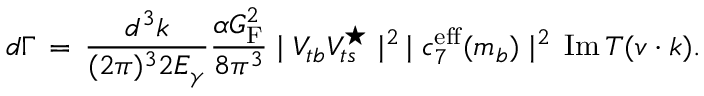
d \Gamma \, = \, { \frac { d ^ { 3 } k } { ( 2 \pi ) ^ { 3 } 2 E _ { \gamma } } } { \frac { \alpha G _ { \mathrm { F } } ^ { 2 } } { 8 \pi ^ { 3 } } } \mid V _ { t b } V _ { t s } ^ { \star } \mid ^ { 2 } \, \mid c _ { 7 } ^ { \mathrm { e f f } } ( m _ { b } ) \mid ^ { 2 } \, \mathrm { I m } \, T ( v \cdot k ) .